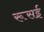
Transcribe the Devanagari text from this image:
रूसई